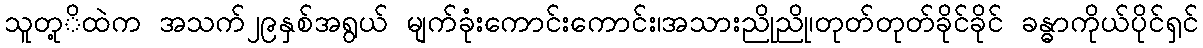
သူတု့ိထဲက အသက်၂၉နှစ်အရွယ် မျက်ခုံးကောင်းကောင်း၊အသားညိုညို၊တုတ်တုတ်ခိုင်ခိုင် ခန္ဓာကိုယ်ပိုင်ရှင်